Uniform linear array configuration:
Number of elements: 48
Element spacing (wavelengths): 1
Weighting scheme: uniform
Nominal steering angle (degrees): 15
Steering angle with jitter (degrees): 16.858
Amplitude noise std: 0.05
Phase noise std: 0.05

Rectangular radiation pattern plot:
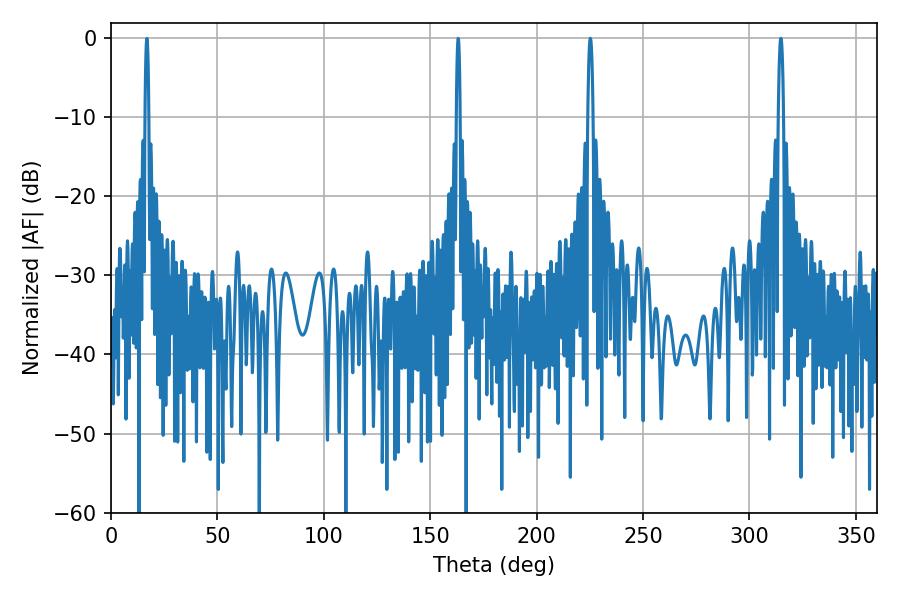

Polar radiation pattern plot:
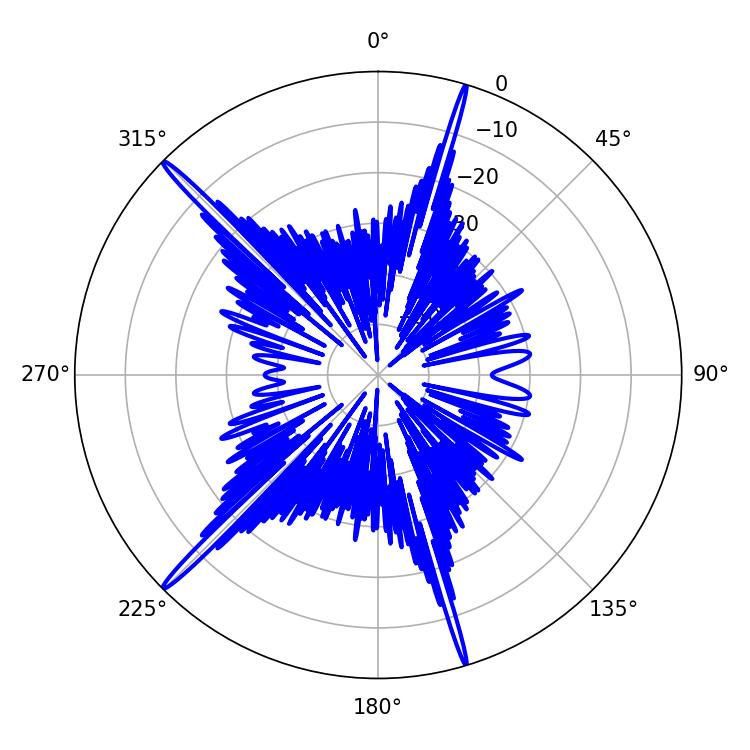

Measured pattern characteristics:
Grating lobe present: TRUE
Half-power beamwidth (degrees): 1.26
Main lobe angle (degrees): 225.18